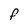
Character: f